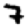
Digit: 7